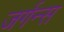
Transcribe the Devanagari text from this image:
जर्गन्स